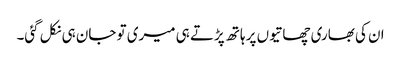
ان کی بھاری چھاتیوں پر ہاتھ پڑتے ہی میری تو جان ہی نکل گئی۔